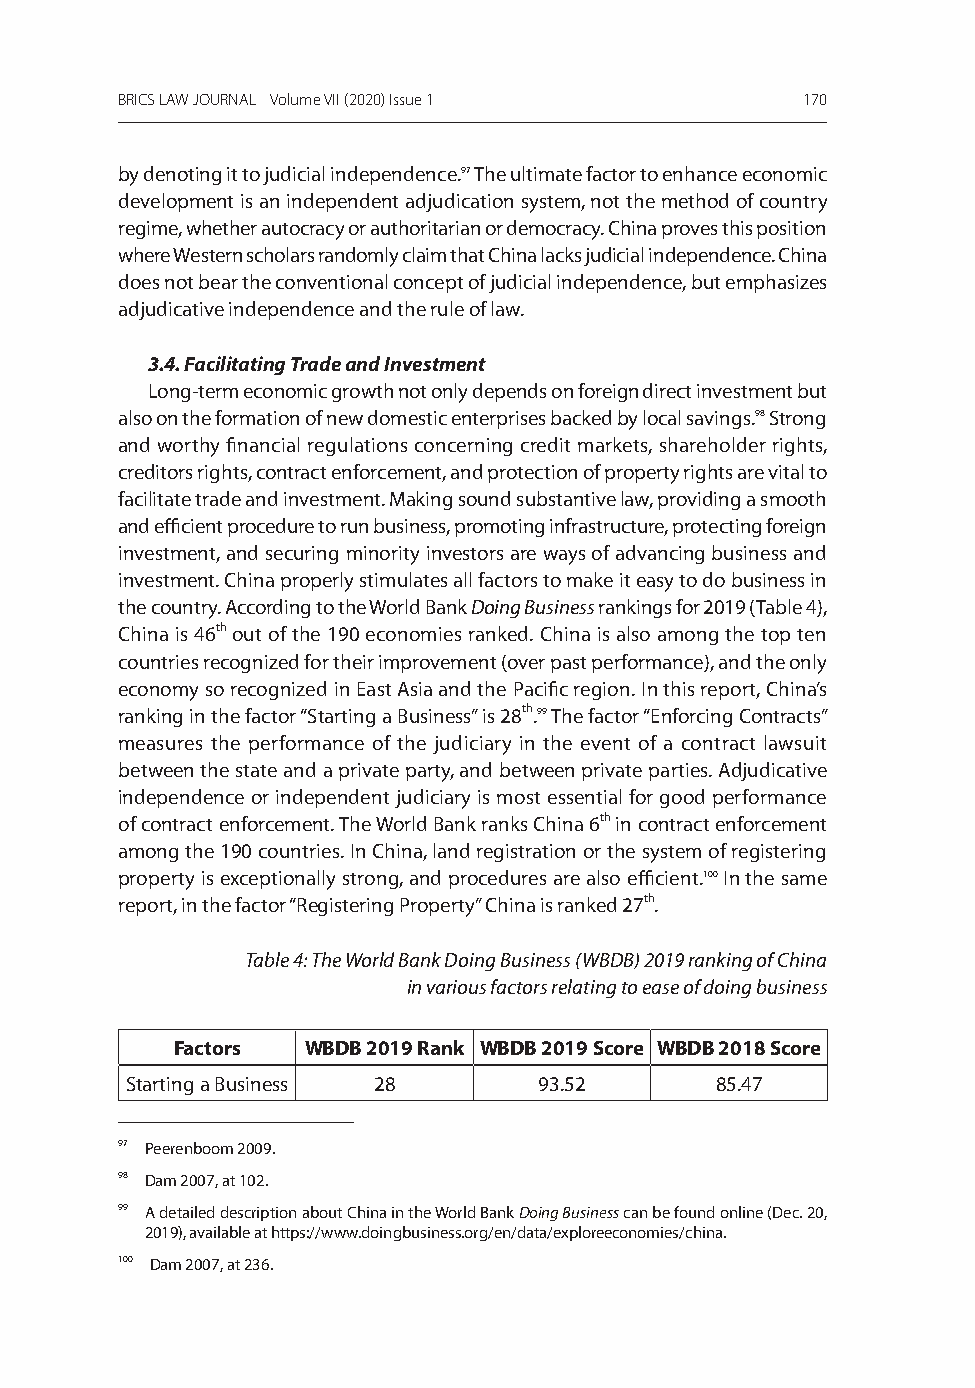
BRICS LAW JOURNAL Volume VII (2020) Issue 1  170
 by denoting it to judicial independence.97 The ultimate factor to enhance economic
 development is an independent adjudication system, not the method of country
 regime, whether autocracy or authoritarian or democracy. China proves this position
 where Western scholars randomly claim that China lacks judicial independence. China
 does not bear the conventional concept of judicial independence, but emphasizes
 adjudicative independence and the rule of law.
 3.4. Facilitating Trade and Investment
 long-term economic growth not only depends on foreign direct investment but
 also on the formation of new domestic enterprises backed by local savings.98 strong
 and worthy financial regulations concerning credit markets, shareholder rights,
 creditors rights, contract enforcement, and protection of property rights are vital to
 facilitate trade and investment. making sound substantive law, providing a smooth
 and efficient procedure to run business, promoting infrastructure, protecting foreign
 investment, and securing minority investors are ways of advancing business and
 investment. China properly stimulates all factors to make it easy to do business in
 the country. according to the World Bank Doing Business rankings for 2019 (Table 4),
 China is 46th out of the 190 economies ranked. China is also among the top ten
 countries recognized for their improvement (over past performance), and the only
 economy so recognized in east asia and the Pacific region. in this report, China’s
 ranking in the factor “starting a Business” is 28th.99 The factor “enforcing Contracts”
 measures the performance of the judiciary in the event of a contract lawsuit
 between the state and a private party, and between private parties. adjudicative
 independence or independent judiciary is most essential for good performance
 of contract enforcement. The World Bank ranks China 6th in contract enforcement
 among the 190 countries. in China, land registration or the system of registering
 property is exceptionally strong, and procedures are also efficient.100 in the same
 report, in the factor “registering Property” China is ranked 27th.
 Table 4: The World Bank Doing Business (WBDB) 2019 ranking of China
 in various factors relating to ease of doing business
 Factors  WBDB 2019 Rank WBDB 2019 Score WBDB 2018 Score
 starting a Business 28      93.52      85.47
 97 Peerenboom 2009.
 98 Dam 2007, at 102.
 99 a detailed description about China in the World Bank Doing Business can be found online (Dec. 20,
 2019), available at https://www.doingbusiness.org/en/data/exploreeconomies/china.
 100 Dam 2007, at 236.